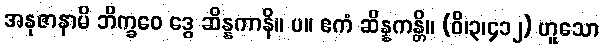
အနုဇာနာမိ ဘိက္ခဝေ ဒွေ ဆိန္နကာနိ။ ပ။ ဧကံ ဆိန္နကန္တိ။ (ဝိ၊၃၊၄၁၂) ဟူသော